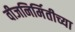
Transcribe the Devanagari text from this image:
वीजनिर्मितीच्या